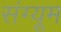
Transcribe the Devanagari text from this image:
संग्यूम